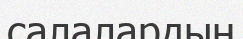
салалардың